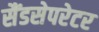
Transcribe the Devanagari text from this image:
सैंडसेपरेटर